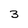
Character: 3